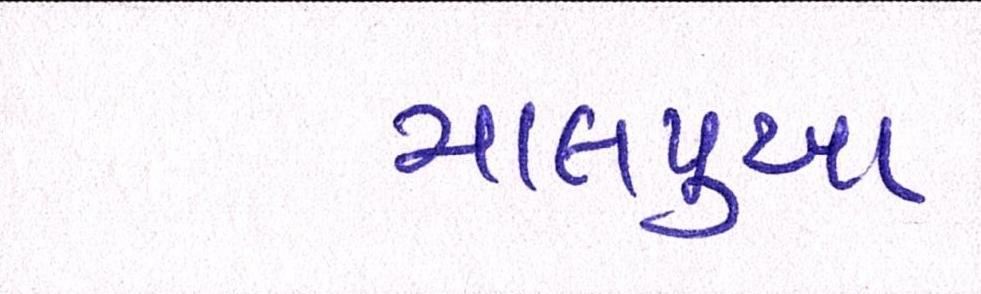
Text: માલપુઆ